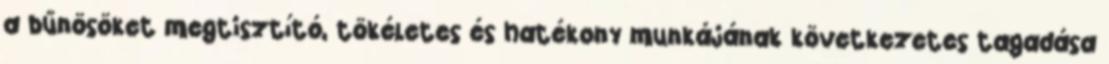
a bűnösöket megtisztító, tökéletes és hatékony munkájának következetes tagadása